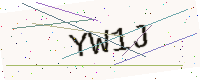
Text: YW1J